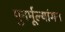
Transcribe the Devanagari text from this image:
पुनर्मूल्यांगन